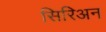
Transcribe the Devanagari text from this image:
सिरिअन